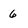
Character: 6